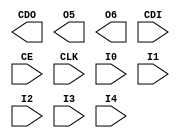
// $Header: /devl/xcs/repo/env/Databases/CAEInterfaces/xec_libs/data/unisims/CFGLUT5.v,v 1.1 2007/05/02 17:26:43 vandanad Exp $
///////////////////////////////////////////////////////////////////////////////
// Copyright (c) 1995/2006 Xilinx, Inc.
// All Right Reserved.
///////////////////////////////////////////////////////////////////////////////
//   ____  ____
//  /   /\/   /
// /___/  \  /    Vendor : Xilinx
// \   \   \/     Version : 8.2i
//  \   \         Description : Xilinx Formal Verification Library Component
//  /   /                  5-input Dynamically Reconfigurable Look-Up-Table with Carry and Clock Enable
// /___/   /\     Filename : CFGLUT5.v
// \   \  /  \    Timestamp : Wed Jun  7 16:13:41 PDT 2006
//  \___\/\___\
//
// Revision:
//    06/07/06 - Initial version.
// End Revision

`timescale  1 ps / 1 ps

module CFGLUT5 (CDO, O5, O6, CDI, CE, CLK, I0, I1, I2, I3, I4);

    parameter INIT = 32'h00000000;
    output CDO;
    output O5;
    output O6;
    input  I4, I3, I2, I1, I0;
    input  CDI, CE, CLK;

endmodule